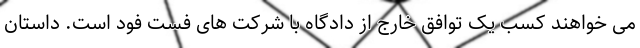
می خواهند کسب یک توافق خارج از دادگاه با شرکت های فست فود است. داستان